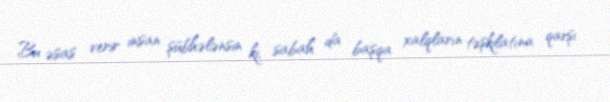
Bu əsas verir insan şübhələnsin ki, sabah da başqa xalqların təşkilatına qarşı